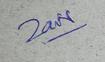
Signature authenticity: genuine